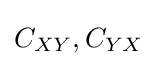
C_{XY},C_{YX}